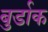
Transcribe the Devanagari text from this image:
बुर्डाक